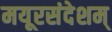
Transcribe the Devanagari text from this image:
मयूरसंदेशम्